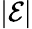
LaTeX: |{\mathcal{E}}|